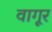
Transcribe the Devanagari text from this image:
वागूर